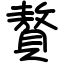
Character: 贅